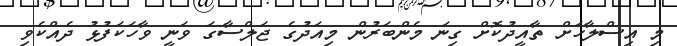
މި އިސްލާހަށް ތާއީދުކޮށް ގިނަ މެންބަރުން މިއަދުގެ ޖަލްސާގަ ވަނީ ވާހަކަފުޅު ދެއްކެވި